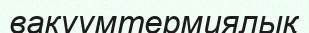
вакуумтермиялық